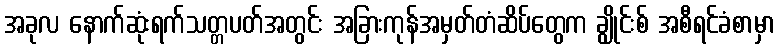
အခုလ နောက်ဆုံးရက်သတ္တပတ်အတွင်း အခြားကုန်အမှတ်တံဆိပ်တွေက ချွိုင်းစ် အစီရင်ခံစာမှာ